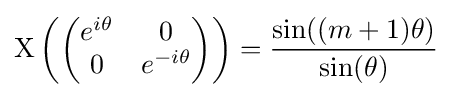
\mathrm {X} \left({\begin{pmatrix}e^{i\theta }&0\\0&e^{-i\theta }\end{pmatrix}}\right)={\frac {\sin((m+1)\theta )}{\sin(\theta )}}